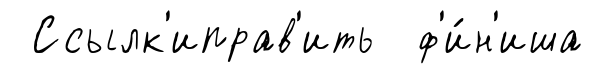
Ссылк'иправ'ить ф'и́н'иша